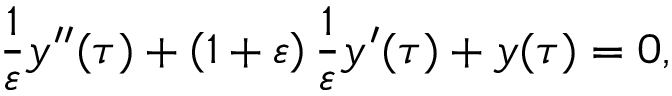
{ \frac { 1 } { \varepsilon } } y ^ { \prime \prime } ( \tau ) + \left( { 1 + \varepsilon } \right) { \frac { 1 } { \varepsilon } } y ^ { \prime } ( \tau ) + y ( \tau ) = 0 ,